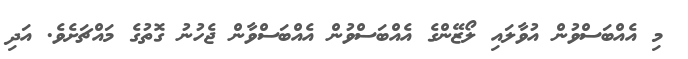
މި އެއްބަސްވުން އުވާލައި ލޯޒޭންގެ އެއްބަސްވުން އެއްބަސްވާން ޖެހުނު ގޮތުގެ މައްޗަށެވެ. އަދި